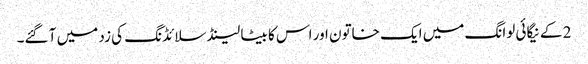
2 کے نیگائی لوانگ میں ایک خاتون اور اس کا بیٹا لینڈ سلائڈنگ کی زد میں آ گئے۔